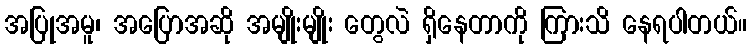
အပြုအမူ၊ အပြောအဆို အမျိုးမျိုး တွေလဲ ရှိနေတာကို ကြားသိ နေရပါတယ်။